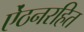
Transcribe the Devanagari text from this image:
ऐंठनरहित